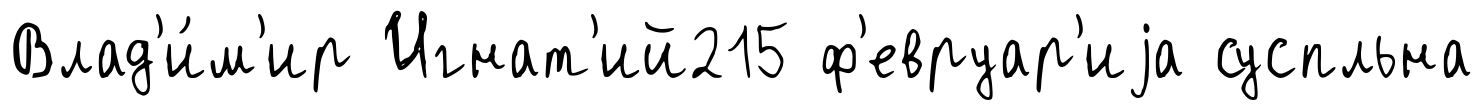
Влад'и́м'ир Игнат'ий215 ф'евруар'иjа суспльна